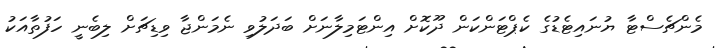
މެންޗެސްޓާ ޔުނައިޓެޑުގެ ކެޕްޓަންކަން ދޫކޮށް އިންޓަމިލާނަށް ބަދަލުވި ނެމަންޖާ ވިޑިޗަށް ލިބެނީ ހަފުތާއަކު